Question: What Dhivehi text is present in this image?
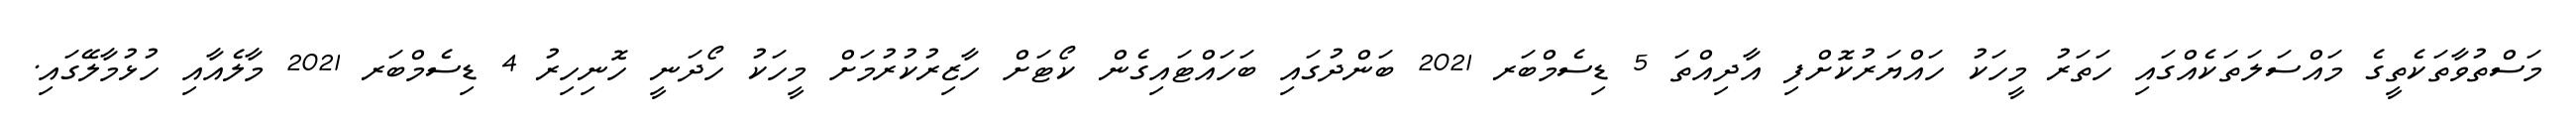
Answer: މަސްތުވާތަކެތީގެ މައްސަލަތަކެއްގައި ހަތަރު މީހަކު ހައްޔަރުކޮށްފި އާދިއްތަ 5 ޑިސެމްބަރ 2021 ބަންދުގައި ބަހައްޓައިގެން ކޯޓަށް ހާޒިރުކުރުމަށް މީހަކު ހޯދަނީ ހޮނިހިރު 4 ޑިސެމްބަރ 2021 މާލެއާއި ހުޅުމާލޭގައި.